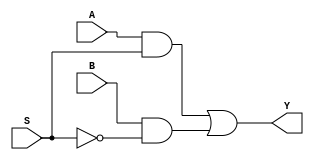
module mux_2_1 (A, B, S, Y);
  input S, A, B;
  output Y;
  wire S_not, D0_out_and, D1_out_and;

  // structural
  not not_D1 (S_not, S);  // gate (out, inputs)
  and and_D0 (D0_out_and, A, S);
  and and_D1 (D1_out_and, B, S_not);
  or out_mux (Y, D0_out_and, D1_out_and);

endmodule